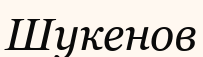
Шукенов